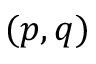
( p , q )